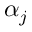
\alpha _ { j }